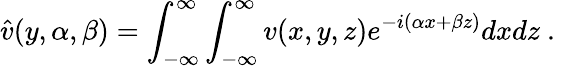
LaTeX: \hat{v}(y,\alpha,\beta)=\int_{-\infty}^{\infty}\int_{-\infty}^{\infty}v(x,y,z)e^{-i(\alpha x+\beta z)}dxdz\mathrm{~.~}